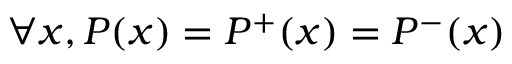
\forall x , P ( x ) = P ^ { + } ( x ) = P ^ { - } ( x )